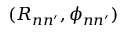
( R _ { n n ^ { \prime } } , \phi _ { n n ^ { \prime } } )